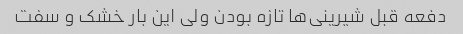
دفعه قبل شیرینی‌ها تازه بودن ولی این بار خشک و سفت